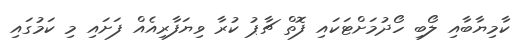
ކާމިޔާބާއި ލޯބި ހޯދުމަށްޓަކައި ފޮތް ޗާޕު ކުރާ ވިޔަފާރިއެއް ފަށައި މި ކަމުގައި